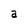
Character: a